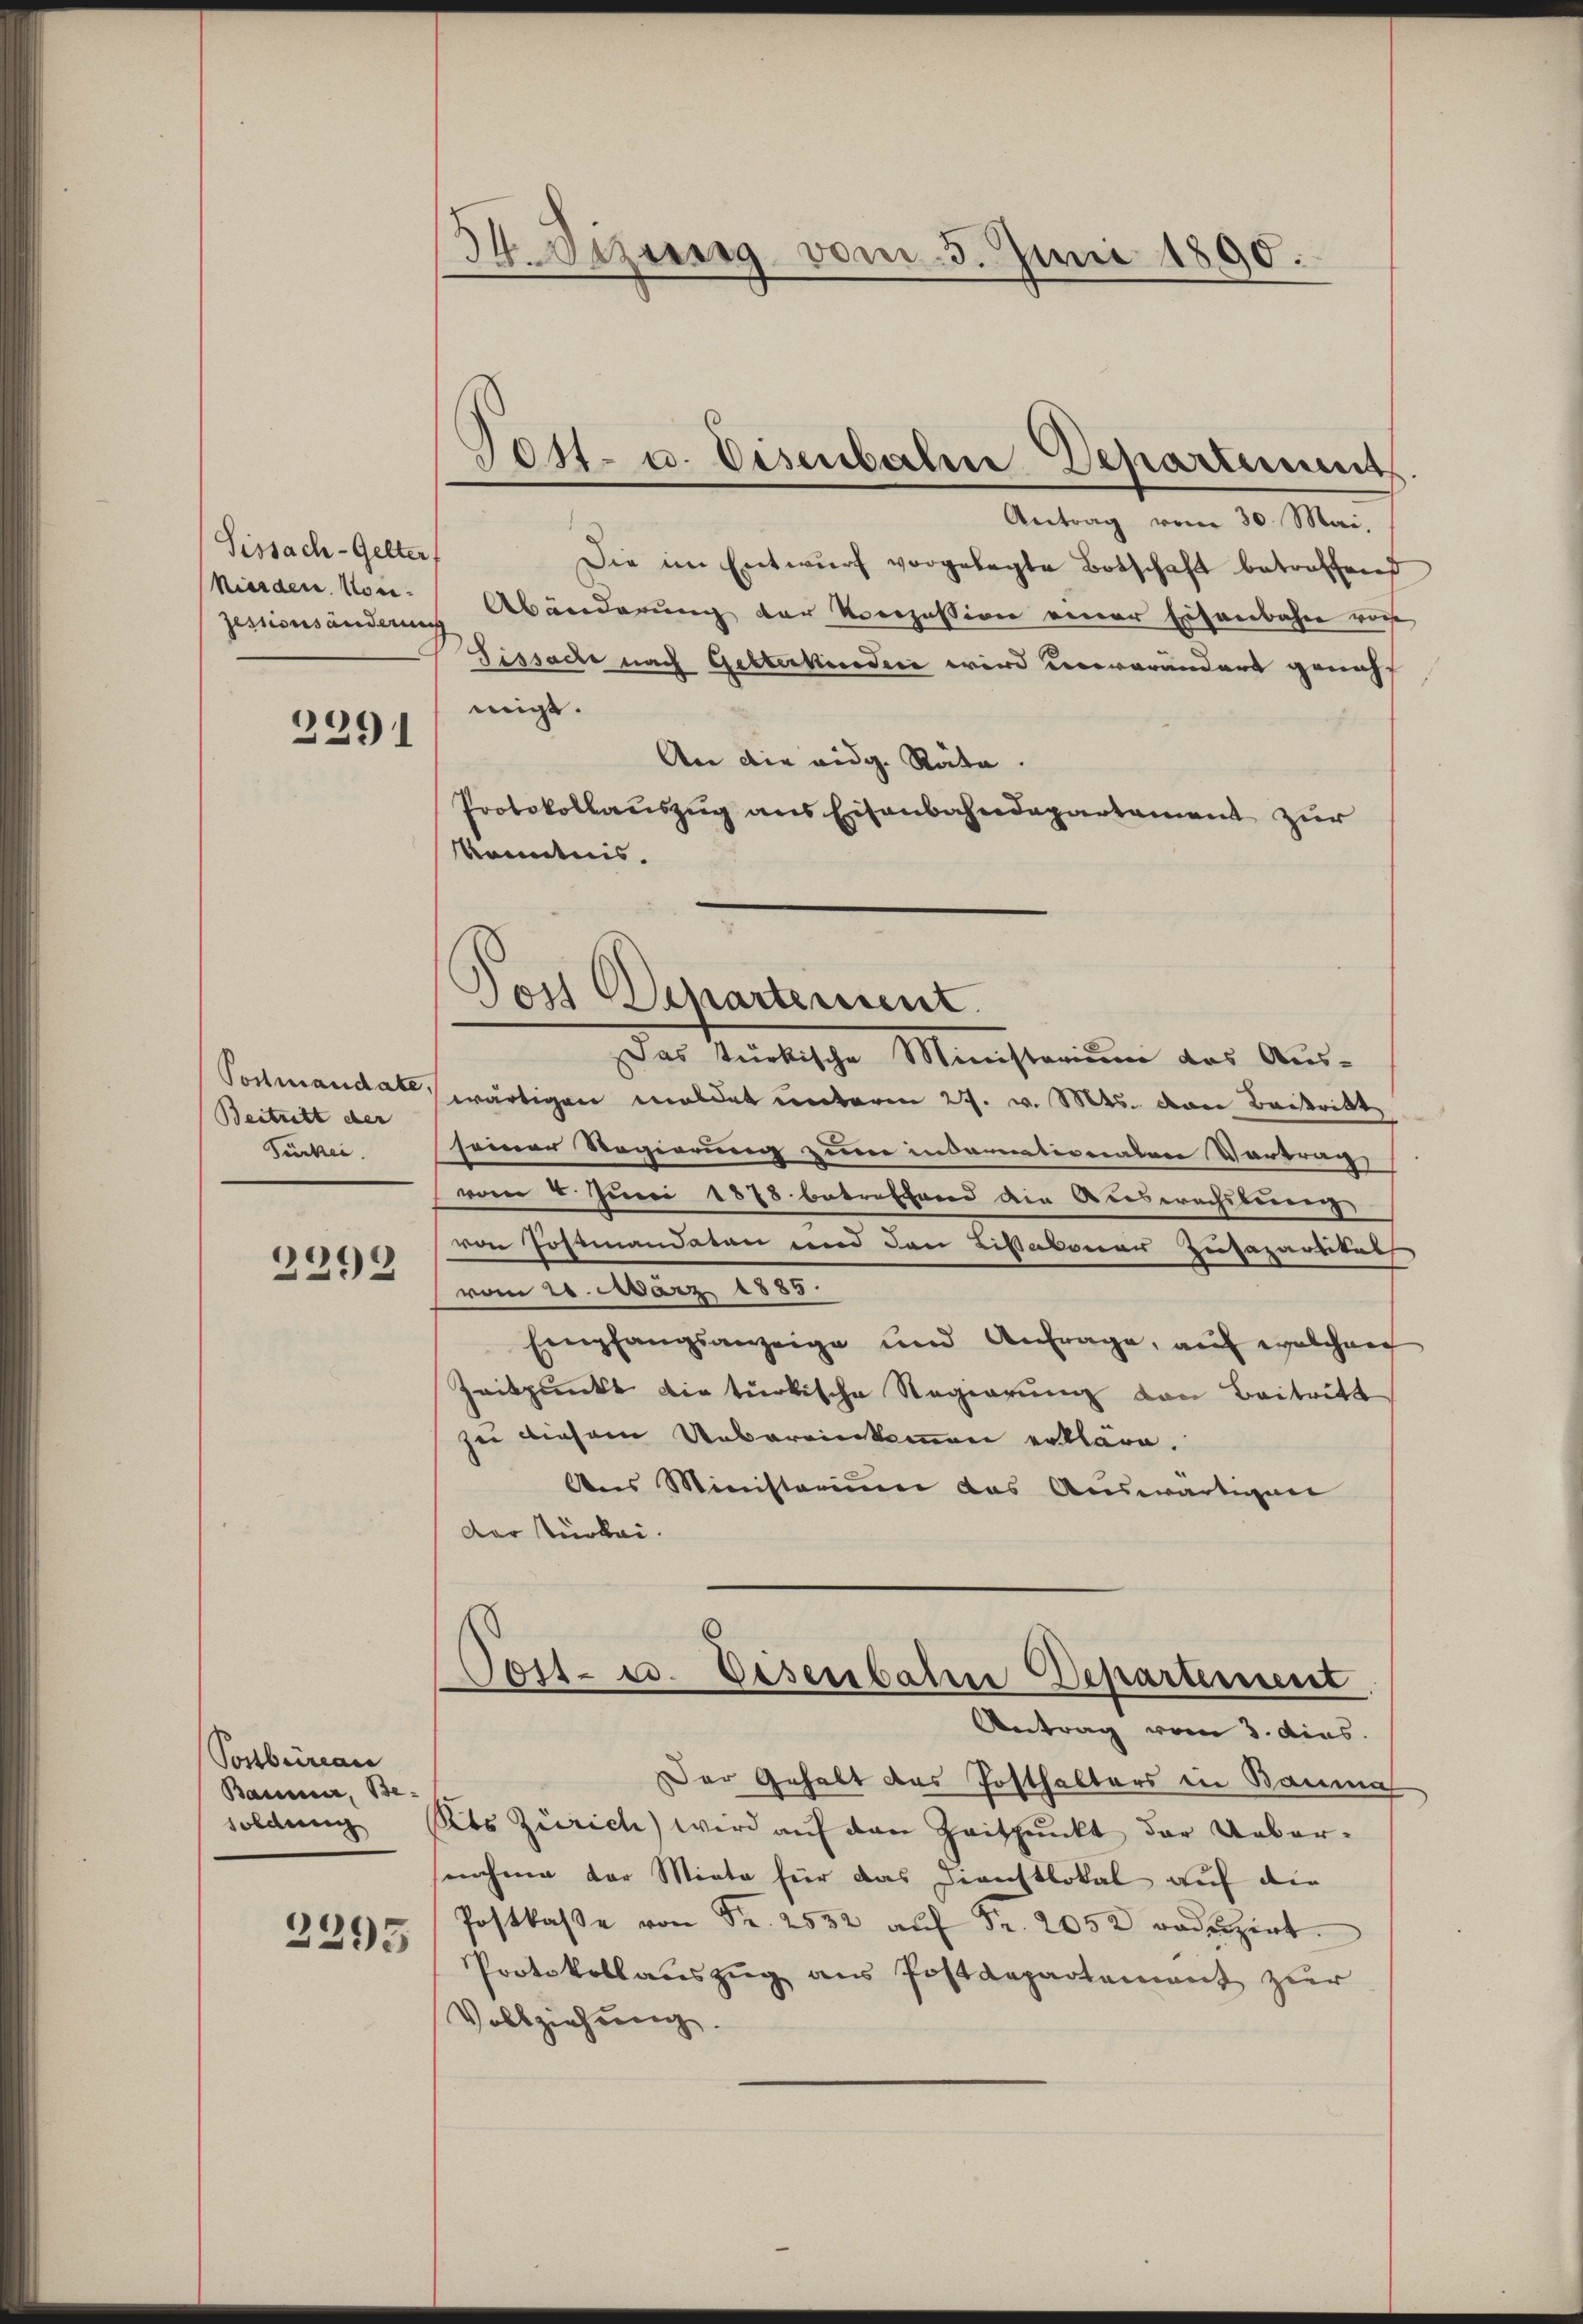
Tissach-Gelter,
kinden. Kon¬
Jessionsänderung

2291

Vommandate
Beitritt der
Türkei.

2292

Posbureau
Baumer, Besoldung
2295

34. Dezung vom 5. Juni 1890.

Antrag vom 30. Mai.
Die im Entwŭrf vorgelegte Botschaft betreffend
Abänderung der Konzession einer Eisenbahn vor
Fissache nach Gesterkinden wird unveränders geneh
migt.
An die eidg. Räte.
Protokollauszug aus Eisenbahndepartament zur
Kenntnis.
Das türkische Ministerium das Aus-
wärtigen meldet unterm 27. v. Mts. dann Beitritt
seiner Regierung zum insornationalen Vortrag,
vom 4. Juni 1878 betreffend die Auswachsbrunn
von Postmandaten und den Lissakoner Zusapartitat
vom 20. März 1885.
Empfangsanzeige und Anfrage, aŭf welchen
Zeitpunkt die türkische Regierung von Beitritt
zu diesem Uebereinkommen erkläre.
Aus Ministerium das Auswärtigun
Der Türkei.
Coit- u. Eisenbahn Departement
Antrag vom 3. dies
Der Gehalt das Posthalters in Bauma
Kts Zürich) wird auf den Zeitpunkt der Ueber-
nahme der Miete für das Dienstlokal auf die
Postkasse von Fr. 2532 aŭf Fr. 2052 roduzirt.
Protokollauszug aus Postdepartement zur
Vollziehung.

Jost- u. Eisenbahne Departement

Pos Departement